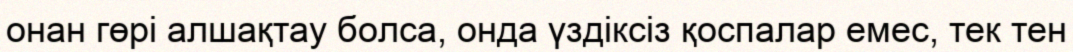
онан гөрі алшақтау болса, онда үздіксіз қоспалар емес, тек тен